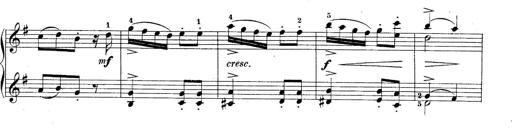
Title: 10 Sonatines progressives
Composer: Anton Schmoll